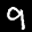
Label: 9